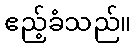
ဧည့်ခံသည်။